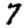
Digit: 7